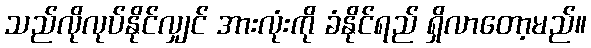
သည်လိုလုပ်နိုင်လျှင် အားလုံးကို ခံနိုင်ရည် ရှိလာတော့မည်။